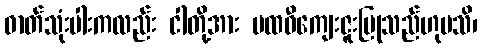
ဓာတ်သုံးပါးကလည်း ငါတို့အား ပထဝီကျေးဇူးပြုသည်ဟုမသိ၊